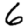
Digit: 6